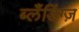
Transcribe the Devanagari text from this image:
ब्लँडिंग्ज़